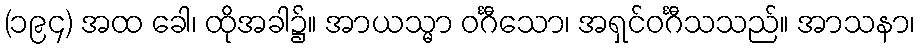
(၁၉၄) အထ ခေါ၊ ထိုအခါ၌။ အာယသ္မာ ဝင်္ဂီသော၊ အရှင်ဝင်္ဂီသသည်။ အာသနာ၊